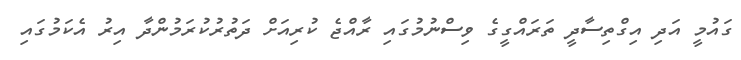
ގައުމީ އަދި އިގްތިސާދީ ތަރައްގީގެ ވިސްނުމުގައި ރާއްޖެ ކުރިއަށް ދަތުރުކުރަމުންދާ އިރު އެކަމުގައި